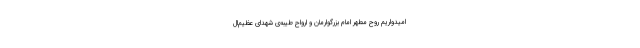
امیدواریم روح مطهّر امام بزرگوارمان و ارواح طیّبه‌ی شهدای عظیم‌ال